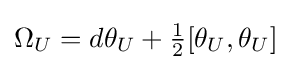
\Omega _{U}=d\theta _{U}+{\tfrac {1}{2}}[\theta _{U},\theta _{U}]